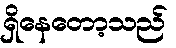
ရှိနေတော့သည်